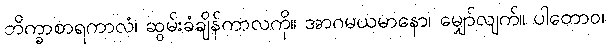
ဘိက္ခာစာရကာလံ၊ ဆွမ်းခံချိန်ကာလကို။ အာဂမယမာနော၊ မျှော်လျက်။ ပါတောဝ၊